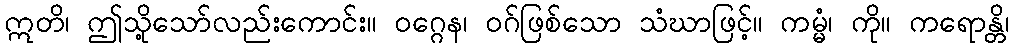
ဣတိ၊ ဤသို့သော်လည်းကောင်း။ ဝဂ္ဂေန၊ ဝဂ်ဖြစ်သော သံဃာဖြင့်။ ကမ္မံ၊ ကို။ ကရောန္တိ၊